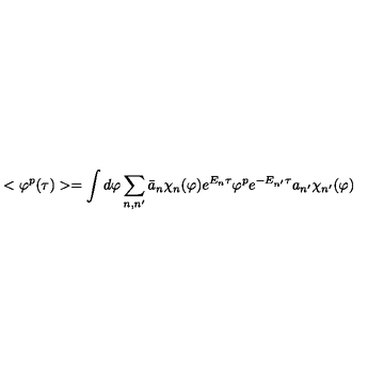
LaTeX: < \varphi ^ { p } ( \tau ) > = \int d \varphi \sum _ { n , n ^ { \prime } } \bar { a } _ { n } \chi _ { n } ( \varphi ) e ^ { E _ { n } \tau } \varphi ^ { p } e ^ { - E _ { n ^ { \prime } } \tau } a _ { n ^ { \prime } } \chi _ { n ^ { \prime } } ( \varphi )